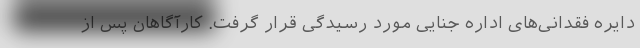
دایره فقدانی‌های اداره جنایی مورد رسیدگی قرار گرفت. کارآگاهان پس از